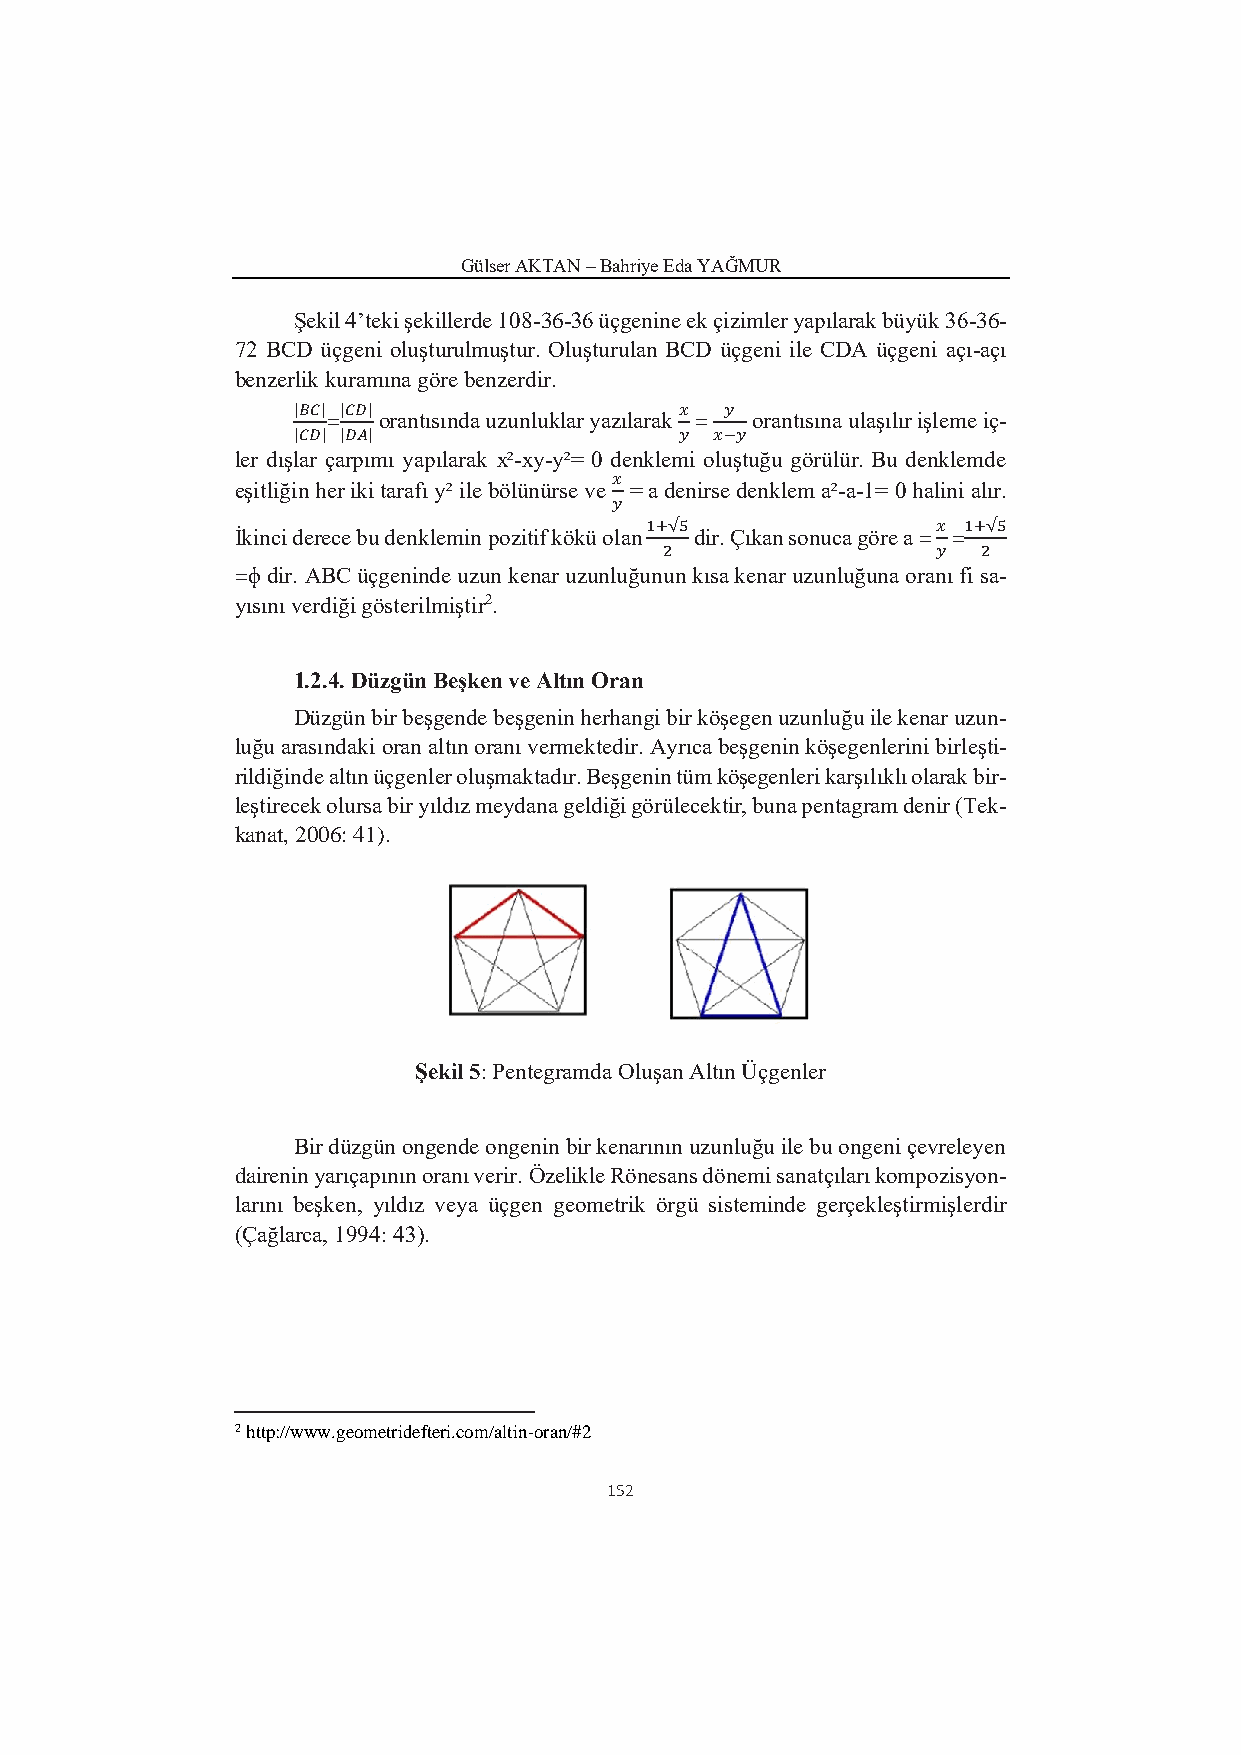
Gülser AKTAN – Bahriye Eda YAĞMUR
 Şekil 4’teki şekillerde 108-36-36 üçgenine ek çizimler yapılarak büyük 36-36-
 72 BCD üçgeni oluşturulmuştur. Oluşturulan BCD üçgeni ile CDA üçgeni açı-açı
 benzerlik kuramına göre benzerdir.
 |𝐵𝐶| |𝐶𝐷|                 𝑥  𝑦
 =  orantısında uzunluklar yazılarak = orantısına ulaşılır işleme iç-
 |𝐶𝐷| |𝐷𝐴|                 𝑦 𝑥−𝑦
 ler dışlar çarpımı yapılarak x²-xy-y²= 0 denklemi oluştuğu görülür. Bu denklemde
 𝑥
 eşitliğin her iki tarafı y² ile bölünürse ve = a denirse denklem a²-a-1= 0 halini alır.
 𝑦
 1+√5               𝑥 1+√5
 İkinci derece bu denklemin pozitif kökü olan dir. Çıkan sonuca göre a = =
 2                 𝑦  2
 =ɸ dir. ABC üçgeninde uzun kenar uzunluğunun kısa kenar uzunluğuna oranı fi sa-
 yısını verdiği gösterilmiştir2.
 1.2.4. Düzgün Beşken ve Altın Oran
 Düzgün bir beşgende beşgenin herhangi bir köşegen uzunluğu ile kenar uzun-
 luğu arasındaki oran altın oranı vermektedir. Ayrıca beşgenin köşegenlerini birleşti-
 rildiğinde altın üçgenler oluşmaktadır. Beşgenin tüm köşegenleri karşılıklı olarak bir-
 leştirecek olursa bir yıldız meydana geldiği görülecektir, buna pentagram denir (Tek-
 kanat, 2006: 41).
 Şekil 5: Pentegramda Oluşan Altın Üçgenler
 Bir düzgün ongende ongenin bir kenarının uzunluğu ile bu ongeni çevreleyen
 dairenin yarıçapının oranı verir. Özelikle Rönesans dönemi sanatçıları kompozisyon-
 larını beşken, yıldız veya üçgen geometrik örgü sisteminde gerçekleştirmişlerdir
 (Çağlarca, 1994: 43).
 2 http://www.geometridefteri.com/altin-oran/#2
 152